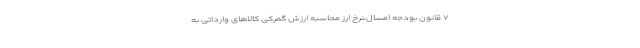
۷ قانون بودجه امسال،نرخ ارز محاسبه ارزش گمرکی کالاهای وارداتی به